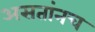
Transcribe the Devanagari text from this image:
असतांनच